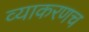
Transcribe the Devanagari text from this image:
व्याकरणच